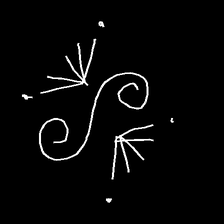
Glyph: aeroform